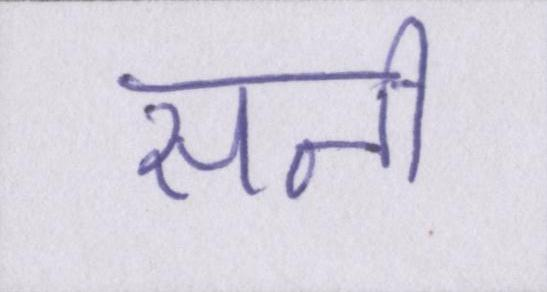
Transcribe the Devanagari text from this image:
सनी